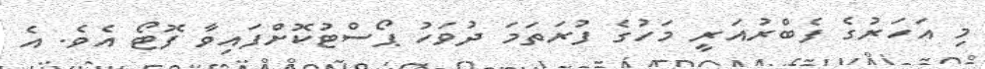
މި އަހަރުގެ ފެބްރުއަރީ މަހުގެ ފުރަތަމަ ދުވަހު ޕޯސްޓުކޮށްފައިވާ ފޮޓޯ އެވެ. އެ